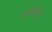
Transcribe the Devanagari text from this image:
व्हीपीए